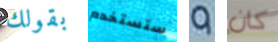
بقولك ستستخدم 9 كان